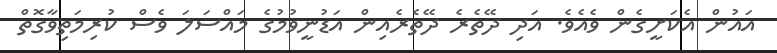
އައުން އެކަށީގެން ވެއެވެ. އަދި ދޭތެރެ ދޭތެރެއިން އަޑުނީވުމުގެ މައްސަލަ ވެސް ކުރިމަތިވާގޮތް